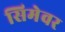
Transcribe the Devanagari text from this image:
सिमेवर